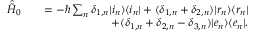
\begin{array} { r l r } { \hat { \tilde { H } } _ { 0 } } & { } & { = - \hbar \sum _ { n } \delta _ { 1 , n } \vert i _ { n } \rangle \langle i _ { n } \vert + ( \delta _ { 1 , n } + \delta _ { 2 , n } ) \vert r _ { n } \rangle \langle r _ { n } \vert } \\ & { } & { + ( \delta _ { 1 , n } + \delta _ { 2 , n } - \delta _ { 3 , n } ) \vert e _ { n } \rangle \langle e _ { n } \vert . } \end{array}